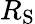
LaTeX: R_{\mathrm{{S}}}